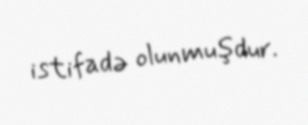
istifadə olunmuşdur.